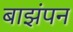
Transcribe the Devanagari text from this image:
बाझंपन